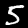
Digit: 5